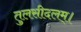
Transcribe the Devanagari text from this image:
तुलसीदलम्।